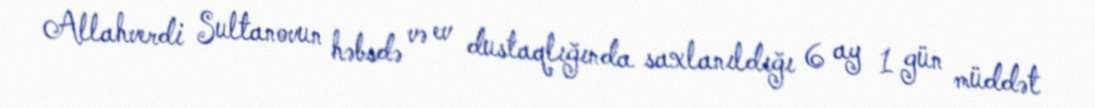
Allahverdi Sultanovun həbsdə və ev dustaqlığında saxlanıldığı 6 ay 1 gün müddət